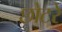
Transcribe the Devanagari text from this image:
छोटरे